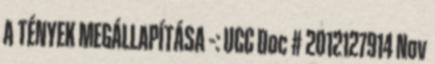
A TÉNYEK MEGÁLLAPÍTÁSA –: UCC Doc # 2012127914 Nov